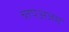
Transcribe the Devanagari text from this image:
च्तपअंजम